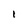
Character: l